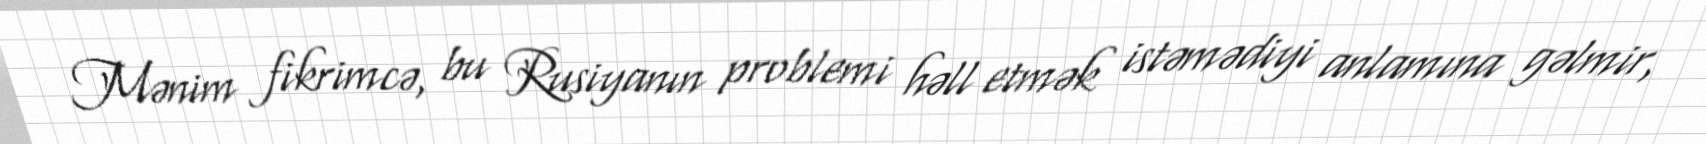
Mənim fikrimcə, bu Rusiyanın problemi həll etmək istəmədiyi anlamına gəlmir,